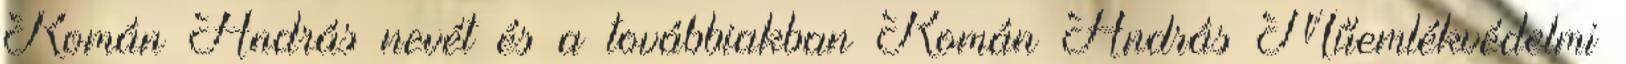
Román András nevét és a továbbiakban Román András Műemlékvédelmi